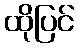
ထိုပြင်